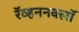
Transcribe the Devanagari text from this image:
रॅव्हननक्लॉ